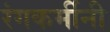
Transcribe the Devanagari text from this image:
रंगकर्मीनी